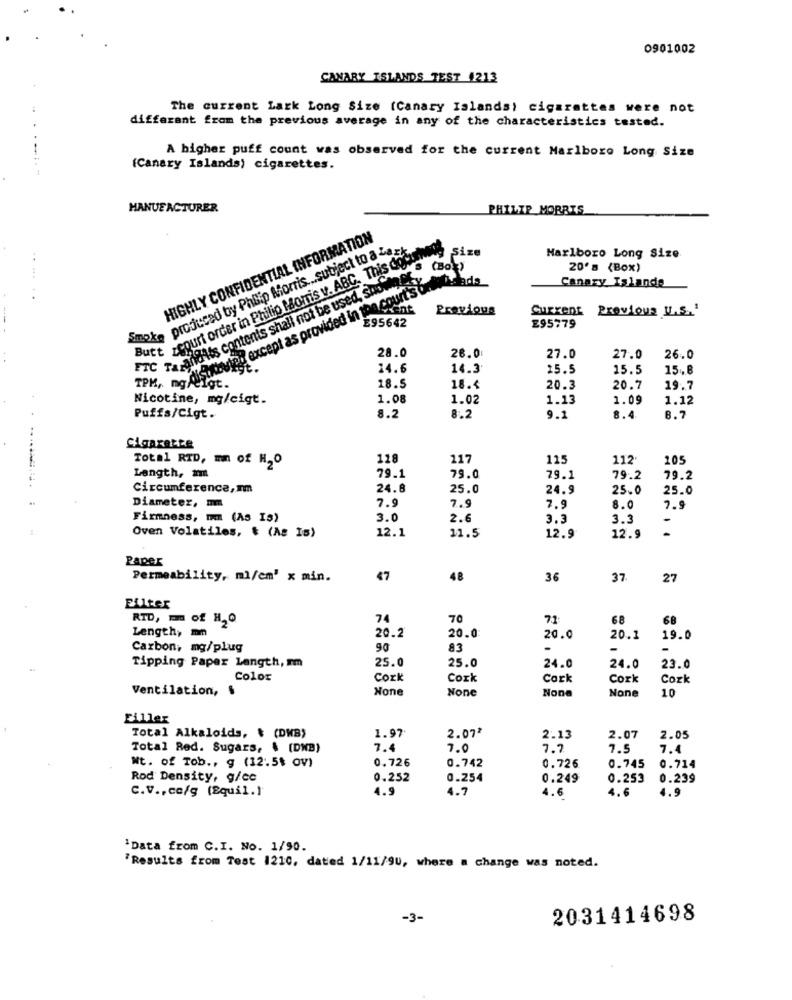
0901002
CANARY ISLANDS TEST 1213
The current Lark Long Size (Canary Islands) cigarettes were not
different from the previous average in any of the characteristics tested.
A higher puff count was observed for the current Marlboro Long Size
(Canary Islands) cigarettes.
MANUFACTURER
PHILIP MORRIS
HIGHLY CONFIDENTIAL INFORMATION
Wiete produced by Philip Morris ... subject to a Last.
Size
At zcourt order in Philip Morris v. ABG- 105 6 - Cell
Marlboro Long Size
except as provided in the court's omis and.
20's (Box)
.....
C Tarandits contents shall not be used, Shower
Canary Islands
..
Iwent
Previous
Current Previous U.S.'
E95642
£95779
28.0
26.0
27.0
27.0
26.0
14.6
14.3
25.5
15.5
Feigt.
18.5
18.4
20.3
20.7
19.7
Nicotine, mg/cigt.
1.08
1.02
1.13
1.09
1.12
Puffs/Cigt.
8.2
8.2
9.2
8.4
8.7
Cigarette
Total RTD, mm of H2O
128
117
115
112.
205
Length, am
79.1
79.0
79.1
79.2
79.2
Circumference,mm
24.8
25.0
24.9
25.0
25.0
7.9
Diameter, mm
7.9
7.9
8.0
7.9
Firmness, mm (As IS)
3.0
2.6
3.3
3.3
-
Oven Volatiles, t (As Is)
12.1
11.5
12.9
12.9
Paper
Permeability, mi/cm' x min.
47
48
36
37
27
Euter
RTD, m of HO
74
70
71
68
68
Length, mm
20.2
20.0
20.0
20.1
19.0
Carbon, mg/plug
90
83
-
Tipping Paper Length, rm
25.0
25.0
24.0
24.0
23.0
Color
Cozk
Cork
Cork
Cork
Cozk
Ventilation, §
10
Filler
Total Alkaloids, & (DWB)
1.97
2.072
2.13
2.07
2.05
Total Red. Sugars, . (DWB)
7.4
7.0
7.7
7.5
7.4
0.726
Nt. of Tob ., g (12:5₺ OV)
0.742
0.726
0.745
0.714
Rod Density, g/cc
0.252
0.254
0.249
0.253
0.239
C.V ., co/g (Equil.)
4.9
4.7
4.6
4.6
4.9
'Data from C.I. No. 1/90.
'Results from Test 1210, dated 1/11/9U, where a change was noted.
-3-
2031414698